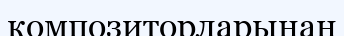
композиторларынан